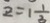
2 = 1 \frac { 1 } { 3 }